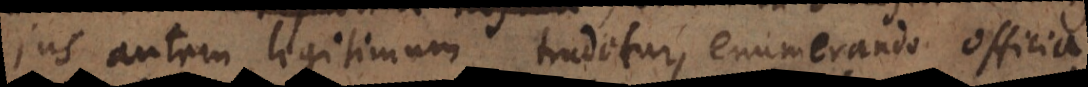
Jus autem legitimum tradetur, enumerando officia